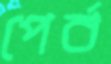
পের্ব